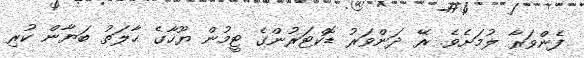
ފެންވަރާ ލުމަށެވެ. ރޭ ދަންވަރު ޑޮކްޓަރުންގެ ޓީމުން ޔޫހާގެ ޙާލަތު ބަޔާން ކުރި